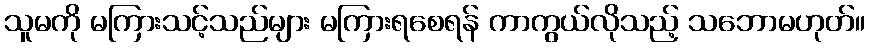
သူမကို မကြားသင့်သည်များ မကြားရစေရန် ကာကွယ်လိုသည့် သဘောမဟုတ်။